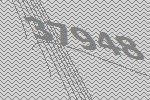
37948